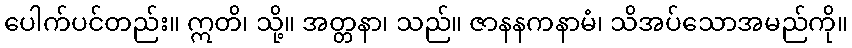
ပေါက်ပင်တည်း။ ဣတိ၊ သို့။ အတ္တနာ၊ သည်။ ဇာနနကနာမံ၊ သိအပ်သောအမည်ကို။